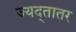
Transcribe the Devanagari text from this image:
ज्यद्तातर